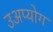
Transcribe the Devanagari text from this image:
उअप्योग